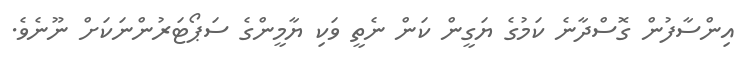
އިންސާފުން ގޮސްދާނެ ކަމުގެ ޔަގީން ކަން ނެތީ ވަކި ޔާމީންގެ ސަޕޯޓަރުންނަކަށް ނޫނެވެ.